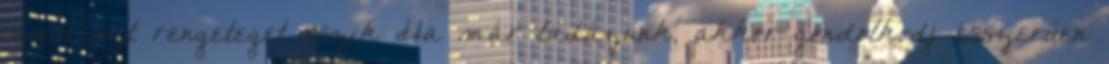
másrészt rengeteget eszik Ha már ladázunk, akkor gondolkodj ésszerűen